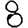
Digit: 8